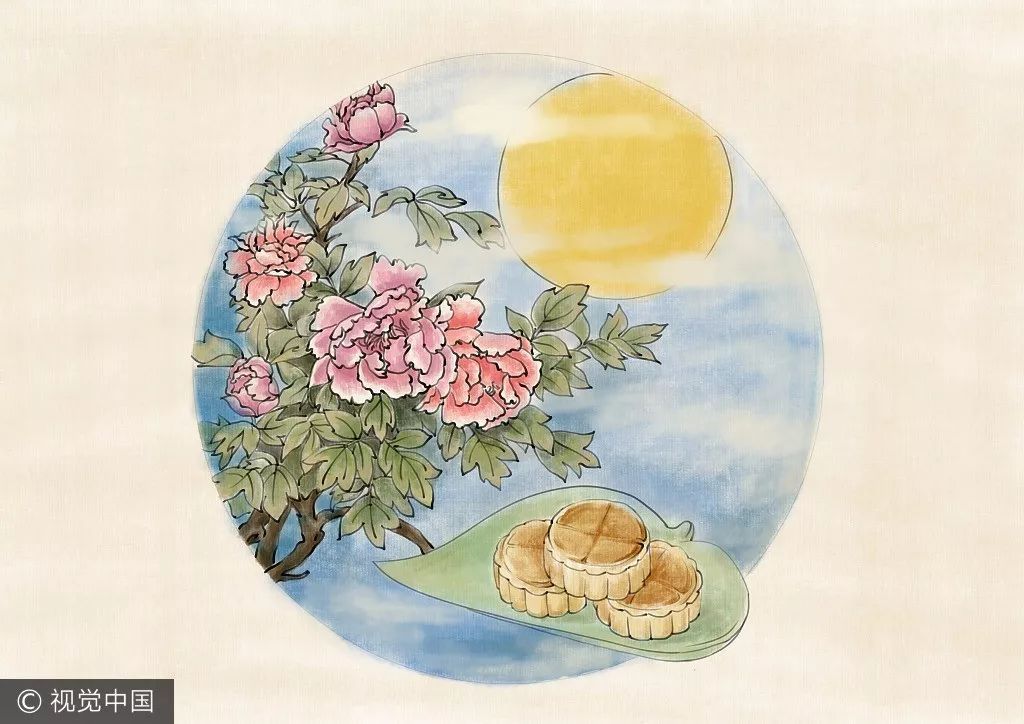
况屈指中秋，十分好月，不照人圆。